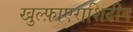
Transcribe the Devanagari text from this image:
खुल्फ़ाएराशिदीन